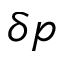
\delta p